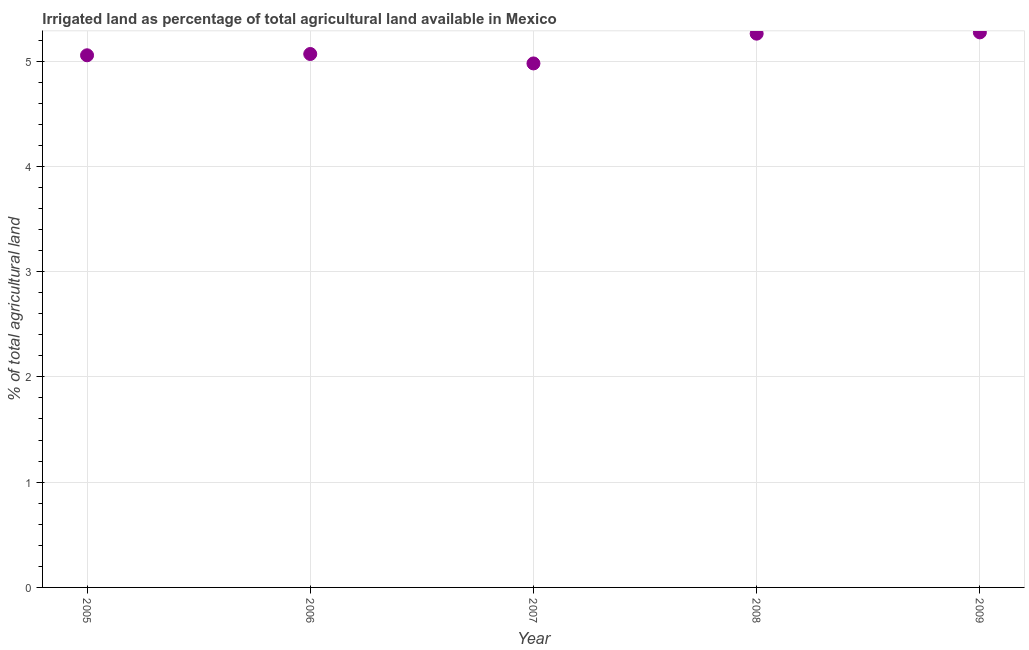
| Year | Agricultural irrigated land  |
 | --- | --- |
 | 2005 | 5.05 |
 | 2006 | 5.07 |
 | 2007 | 4.98 |
 | 2008 | 5.26 |
 | 2009 | 5.27 |